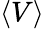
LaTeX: \left\langle V\right\rangle